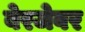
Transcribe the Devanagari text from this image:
बेरजेवर